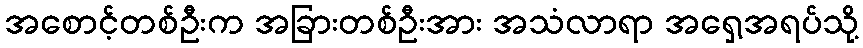
အစောင့်တစ်ဦးက အခြားတစ်ဦးအား အသံလာရာ အရှေ့အရပ်သို့